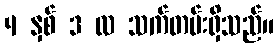
4 နှစ် 3 လ သက်တမ်းရှိသည်။